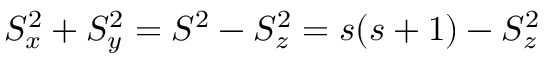
S _ { x } ^ { 2 } + S _ { y } ^ { 2 } = S ^ { 2 } - S _ { z } ^ { 2 } = s ( s + 1 ) - S _ { z } ^ { 2 }